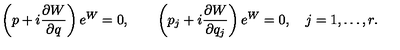
\left( p + i { \frac { \partial W } { \partial q } } \right) e ^ { W } = 0 , \qquad \left( p _ { j } + i { \frac { \partial W } { \partial q _ { j } } } \right) e ^ { W } = 0 , \quad j = 1 , \ldots , r .